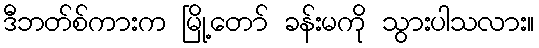
ဒီဘတ်စ်ကားက မြို့တော် ခန်းမကို သွားပါသလား။